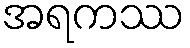
အရကဿ